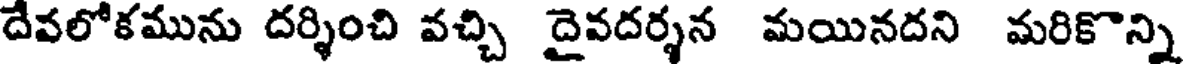
దేవలోకమును దర్శించి వచ్చి దైవదర్శన మయినదని మరికొన్ని